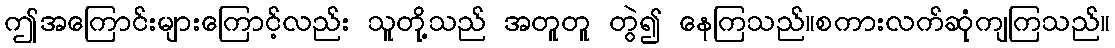
ဤအကြောင်းများကြောင့်လည်း သူတို့သည် အတူတူ တွဲ၍ နေကြသည်။စကားလက်ဆုံကျကြသည်။